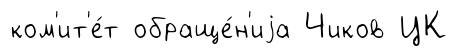
ком'ит'е́т обраще́н'иjа Чиков ЦК